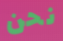
نحن